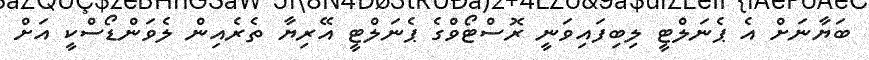
ބަޔާނަށް އެ ޕެނަލްޓީ ލިބިފައިވަނީ ރޮސްޓޯވްގެ ޕެނަލްޓީ އޭރިޔާ ތެރެއިން ލެވަންޑޯސްކީ އަށް